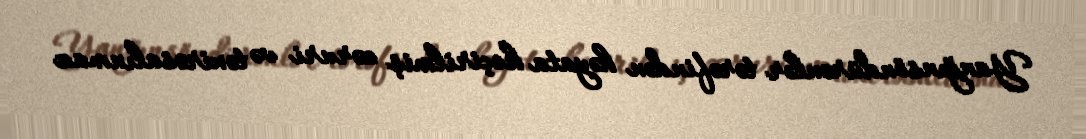
Yanğınsöndürənlər tərəfindən həyata keçirilmiş zəruri və təxirəsalınmaz